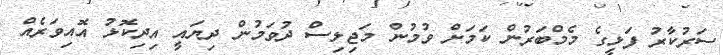
ސަރުކާރު ފަޅީގެ މެމްބަރުން ކަމަށް ވުމުން މަޖިލިސް ދުވަމުން ދިޔައީ އިދިކޮޅު އޮއިވަރެއް